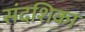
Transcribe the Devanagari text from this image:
संदशिका